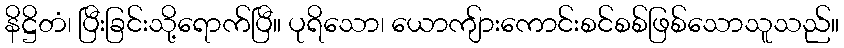
နိဋ္ဌိတံ၊ ပြီးခြင်းသို့ရောက်ပြီ။ ပုရိသော၊ ယောကျ်ားကောင်းစင်စစ်ဖြစ်သောသူသည်။